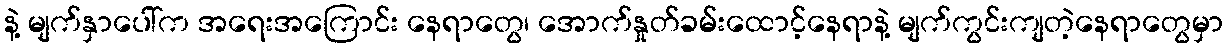
နဲ့ မျက်နှာပေါ်က အရေးအကြောင်း နေရာတွေ၊ အောက်နှုတ်ခမ်းထောင့်နေရာနဲ့ မျက်ကွင်းကျတဲ့နေရာတွေမှာ